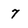
Character: 7